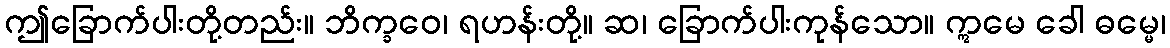
ဤခြောက်ပါးတို့တည်း။ ဘိက္ခဝေ၊ ရဟန်းတို့။ ဆ၊ ခြောက်ပါးကုန်သော။ ဣမေ ခေါ ဓမ္မေ၊